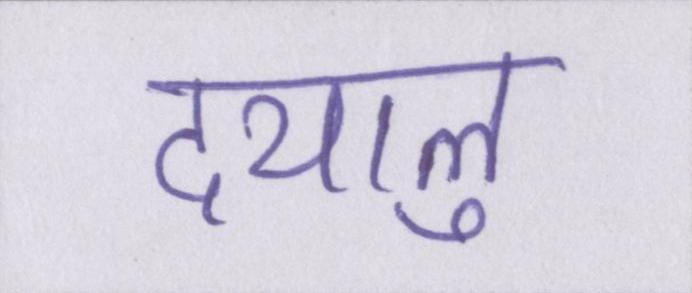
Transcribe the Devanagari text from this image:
दयालु